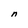
Character: n